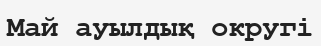
Май ауылдық округі